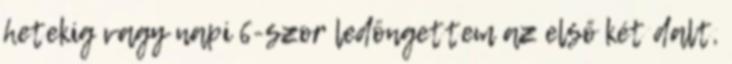
hetekig vagy napi 6-szor ledöngettem az első két dalt,